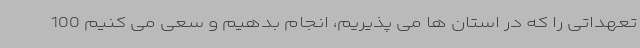
تعهداتی را که در استان ها می پذیریم، انجام بدهیم و سعی می کنیم 100